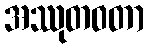
အဿုတဝတာ